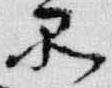
品